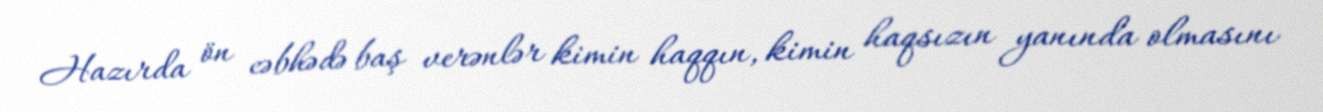
Hazırda ön cəbhədə baş verənlər kimin haqqın, kimin haqsızın yanında olmasını